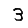
Digit: 3